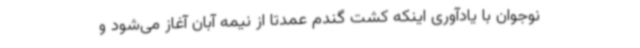
نوجوان با یادآوری اینکه کشت گندم عمدتا از نیمه آبان آغاز می‌شود و